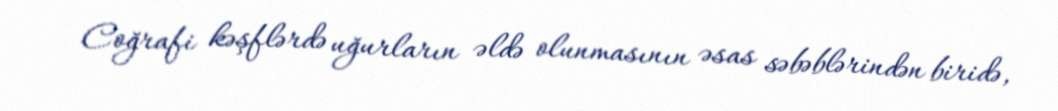
Coğrafi kəşflərdə uğurların əldə olunmasının əsas səbəblərindən biridə,